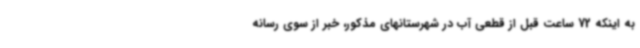
به اینکه 72 ساعت قبل از قطعی آب در شهرستانهای مذکور، خبر از سوی رسانه